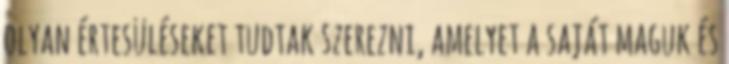
olyan értesüléseket tudtak szerezni, amelyet a saját maguk és